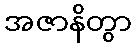
အဇာနိတွာ